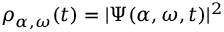
\rho _ { \alpha , \omega } ( t ) = | \Psi ( { \boldsymbol { \alpha } } , { \boldsymbol { \omega } } , t ) | ^ { 2 }